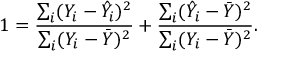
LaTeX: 1 = { \frac { \sum _ { i } ( Y _ { i } - { \hat { Y } } _ { i } ) ^ { 2 } } { \sum _ { i } ( Y _ { i } - { \bar { Y } } ) ^ { 2 } } } + { \frac { \sum _ { i } ( { \hat { Y } } _ { i } - { \bar { Y } } ) ^ { 2 } } { \sum _ { i } ( Y _ { i } - { \bar { Y } } ) ^ { 2 } } } .